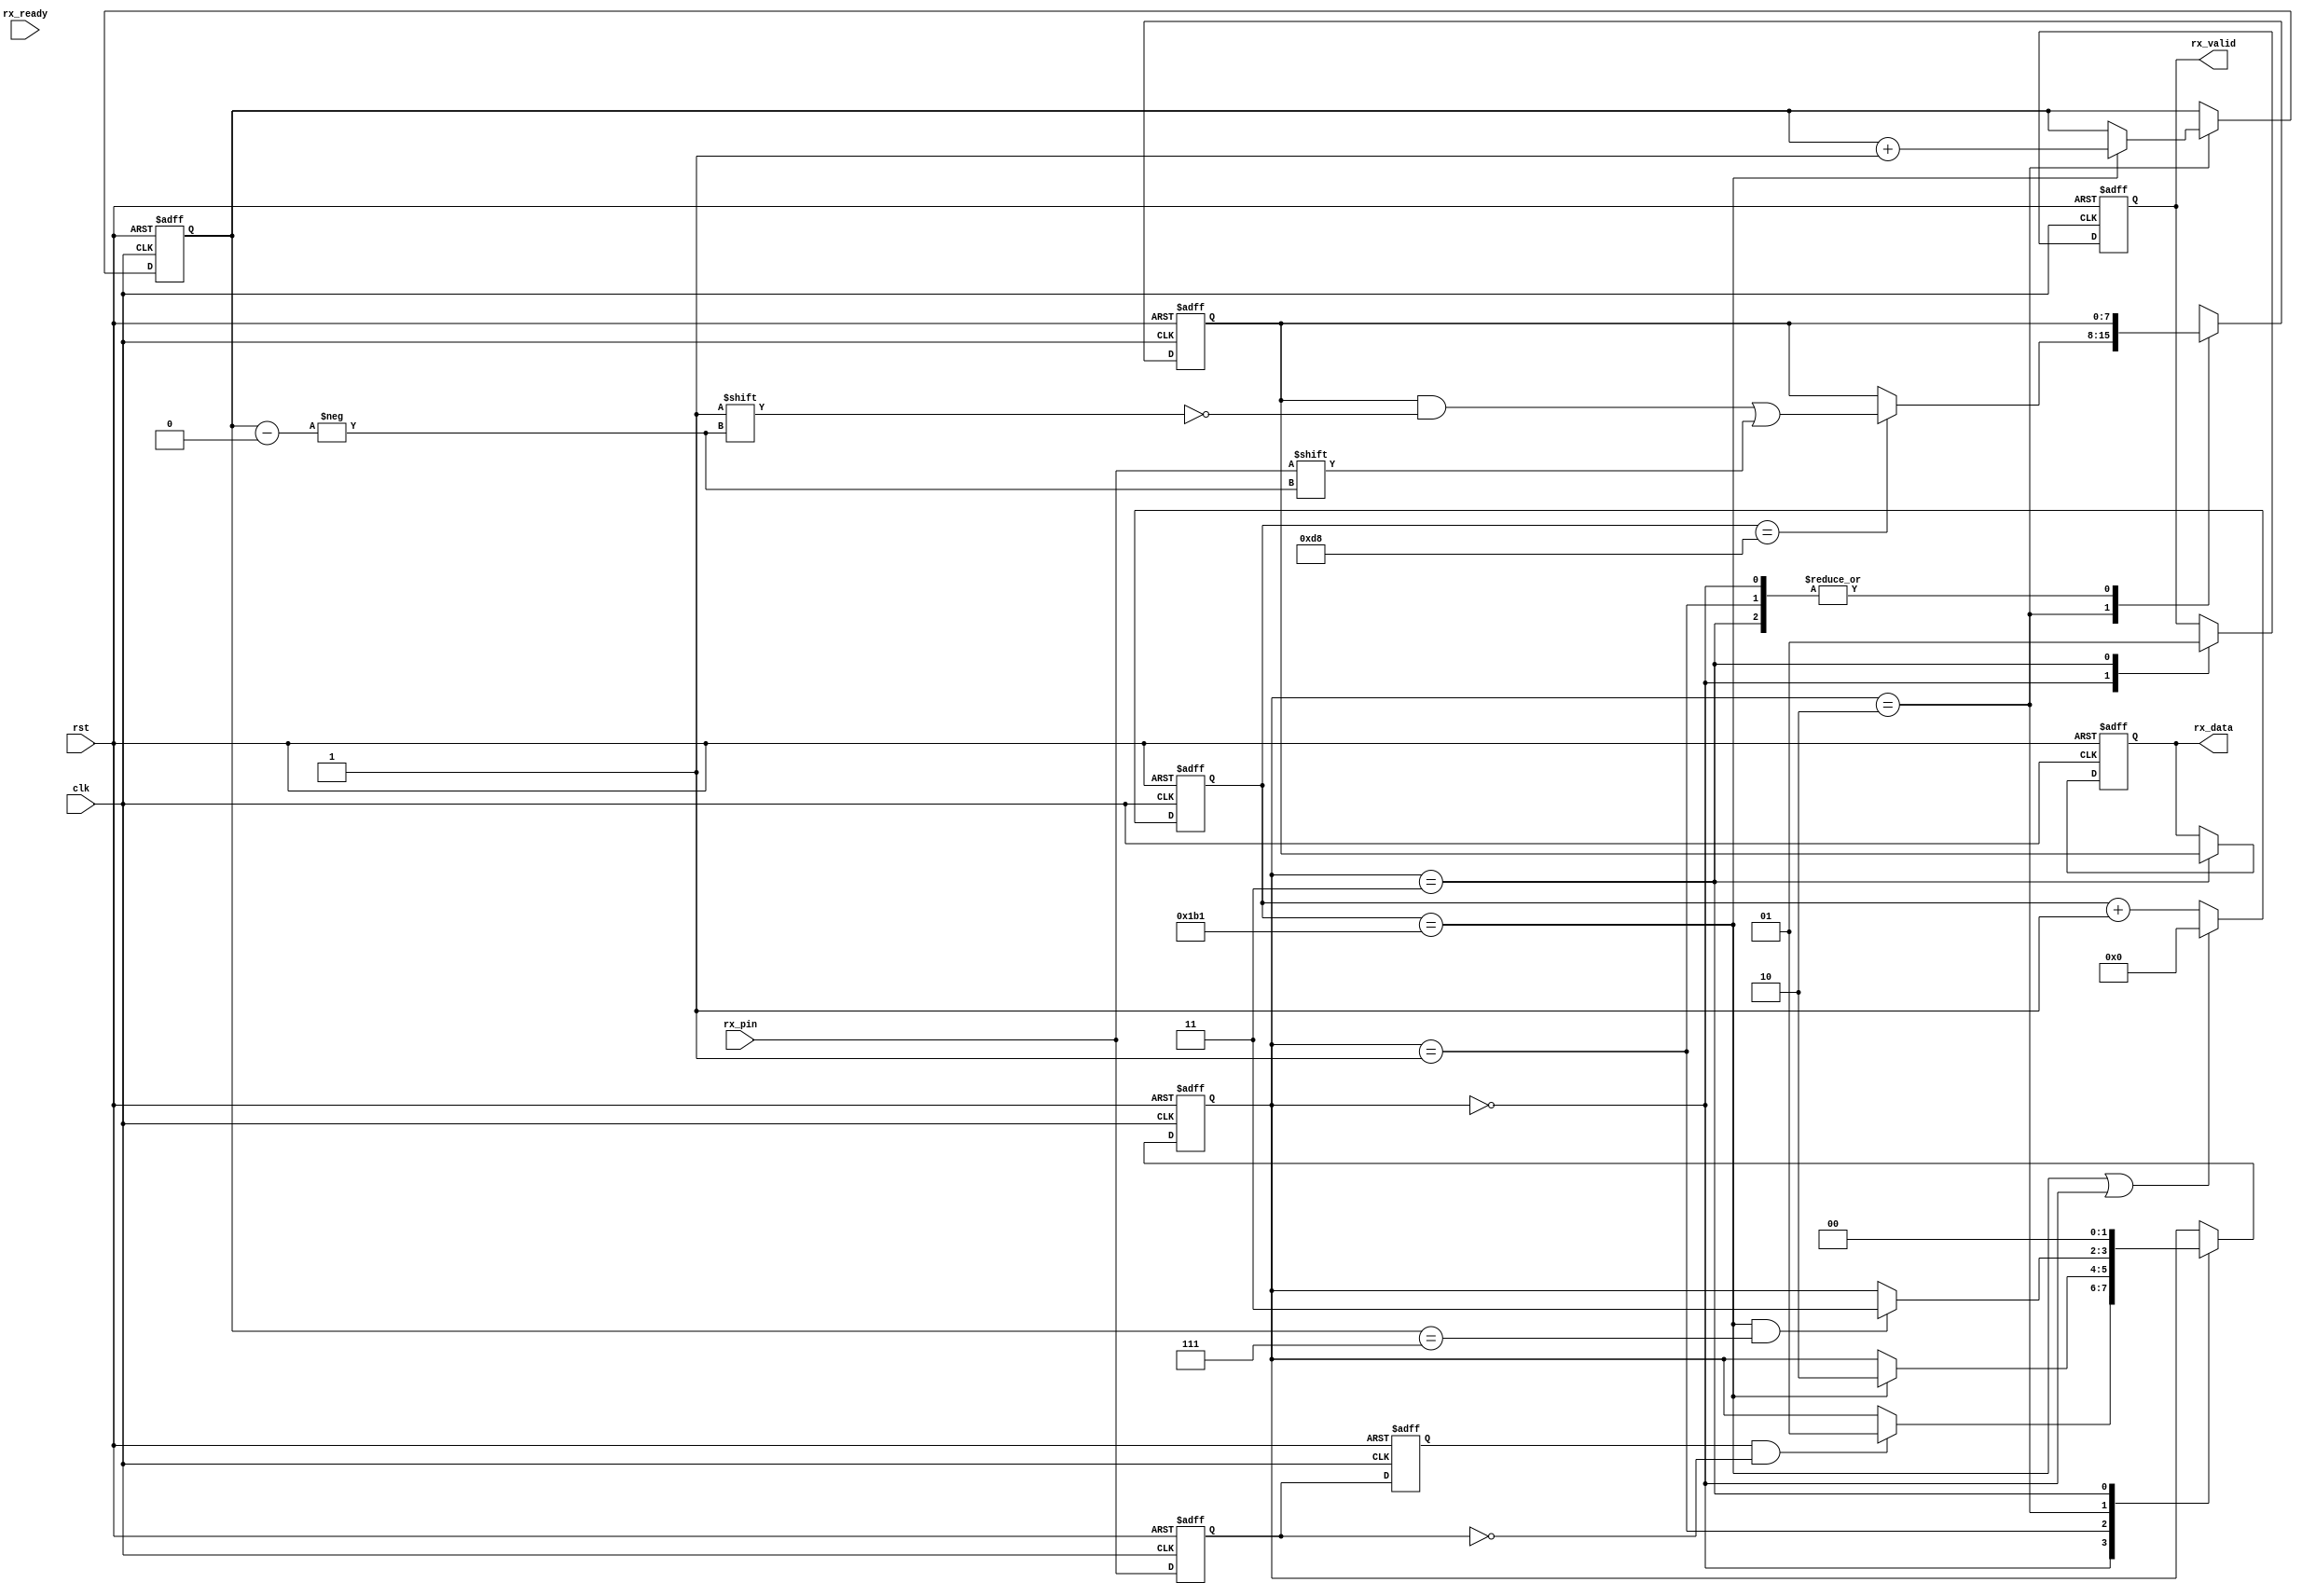
// This program was cloned from: https://github.com/MoonGrt/FPGA-UART_print
// License: MIT License

module uart_rx #(
    parameter CLK_FRE = 50,       // clock frequency(Mhz)
    parameter BAUD_RATE = 115200  // serial baud rate
)(
    input  wire       clk,       // clock input
    input  wire       rst,       // asynchronous reset input, high active 
    input  wire       rx_pin,    // serial data input
    input  wire       rx_ready,   // data receiver module ready
    output reg        rx_valid,  // received serial data is valid
    output reg  [7:0] rx_data    // received serial data
);

// calculates the clock cycle for baud rate 
localparam CYCLE = CLK_FRE * 1000000 / BAUD_RATE;
// state machine code
localparam STATE_IDLE  = 2'b00;
localparam STATE_START = 2'b01;  // start bit
localparam STATE_DATA  = 2'b10;  // data bits
localparam STATE_STOP  = 2'b11;  // stop bit
reg  [1:0]  state;

reg  [7:0]  rx_bits;     // temporary storage of received data
reg  [15:0] cycle_cnt;   // baud counter
reg  [2:0]  bit_cnt;     // bit counter
reg         rx_d0;       // delay 1 clock for rx_pin
reg         rx_d1;       // delay 1 clock for rx_d0
wire        rx_negedge;  // negedge of rx_pin

assign rx_negedge = rx_d1 && ~rx_d0;

// synchronize asynchronous signals
always @(posedge clk or posedge rst) begin
    if (rst) begin
        rx_d0 <= 1'b0;
        rx_d1 <= 1'b0;	
    end
    else begin
        rx_d0 <= rx_pin;
        rx_d1 <= rx_d0;
    end
end

always @(posedge clk or posedge rst) begin
    if (rst)
        cycle_cnt <= 16'd0;
    else if((cycle_cnt == CYCLE - 1) || state == STATE_IDLE)
        cycle_cnt <= 16'd0;
    else
        cycle_cnt <= cycle_cnt + 16'd1;	
end

always @(posedge clk or posedge rst) begin
    if (rst) begin
       state <= STATE_IDLE;
       rx_valid <= 1'b0;
       rx_data <= 8'd0;
       bit_cnt <= 3'd0;
       rx_bits <= 8'd0;
    end
    else
        case (state)
        STATE_IDLE:begin
            if(rx_negedge)
                state <= STATE_START;
            rx_valid <= 1'b0;
        end
        STATE_START:
            if (cycle_cnt == CYCLE - 1)  // one data cycle 
                state <= STATE_DATA;
        STATE_DATA: begin
            if (cycle_cnt == CYCLE - 1 && bit_cnt == 3'd7)  // receive 8bit data
                state <= STATE_STOP;
            if (cycle_cnt == CYCLE - 1)
                bit_cnt <= bit_cnt + 3'd1;
            else
                bit_cnt <= bit_cnt;
            if (cycle_cnt == CYCLE/2 - 1)
                rx_bits[bit_cnt] <= rx_pin;
        end
        STATE_STOP: begin
            state <= STATE_IDLE;  // avoid missing the next byte receiver, skip stop bit
            rx_valid <= 1'b1;
            rx_data <= rx_bits;
        end
        default: 
            state <= STATE_IDLE;
        endcase
end

endmodule